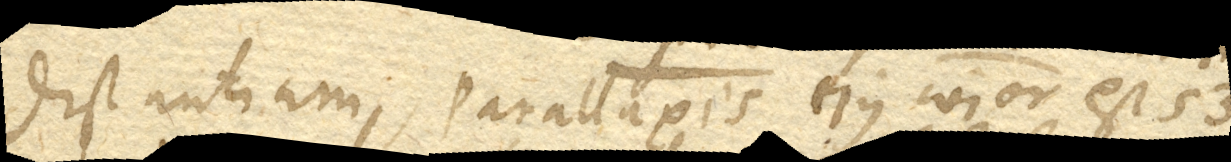
distantiam, Parallaxis ejus communior est 53.